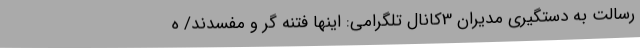
رسالت به دستگیری مدیران 3کانال تلگرامی: اینها فتنه گر و مفسدند/ ه